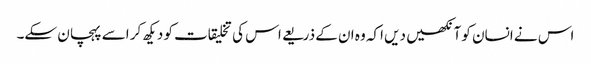
اس نے انسان کو آنکھیں دیں اکہ وہ ان کے ذریعے اس کی تخلیقات کو دیکھ کر اسے پہچان سکے۔